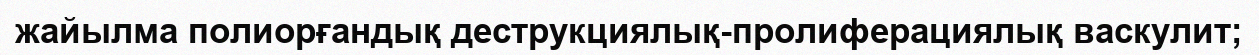
жайылма полиорғандық деструкциялық-пролиферациялық васкулит;